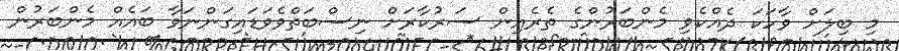
މި ބިލަށް ވާހަކަ ދެއްކެވި މެންބަރުންގެ ތެރެއިން ސަރުކާރަށް ނިސްބަތްވެވަޑައިގަންނަވާ ބައެއް މެންބަރުން